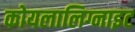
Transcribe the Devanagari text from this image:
कोयलालिग्नाइट